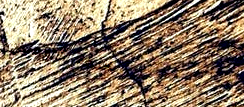
خدمة التوصيل